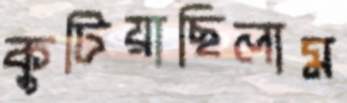
কুটিয়াছিলাম